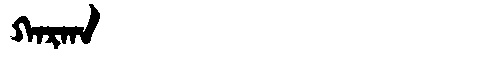
Manchu: ᡴᠠᡵᡴᠠ
Romanization: KARKA